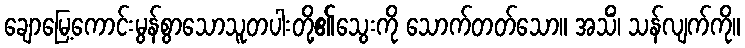
ချောမြေ့ကောင်းမွန်စွာသောသူတပါးတို့၏သွေးကို သောက်တတ်သော။ အသိံ၊ သန်လျက်ကို။